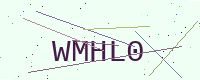
Text: WMHL0